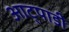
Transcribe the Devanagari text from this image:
आट्पाडी